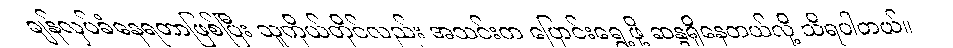
ချန်လှပ်ခံနေရတာဖြစ်ပြီး သူကိုယ်တိုင်လည်း အသင်းက ပြောင်းရွှေ့ဖို့ ဆန္ဒရှိနေတယ်လို့ သိရပါတယ်။